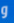
و